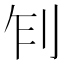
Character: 𠛢